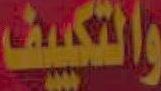
والتكييف